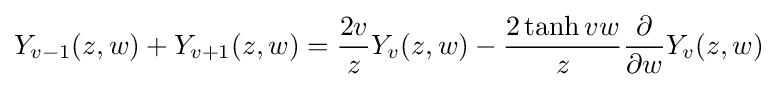
Y_{v-1}(z,w)+Y_{v+1}(z,w)={\dfrac {2v}{z}}Y_{v}(z,w)-{\dfrac {2\tanh vw}{z}}{\dfrac {\partial }{\partial w}}Y_{v}(z,w)